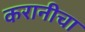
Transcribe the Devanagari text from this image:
करानीचा